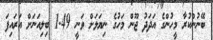
ބޭނުންކުރާ މީހުންގެ އަދަދު ޖޫން މަހުގެ ނިޔަލަށް ވަނީ 1.49 ބިލިއަނަށް އަރައިފަ